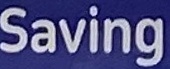
Saving